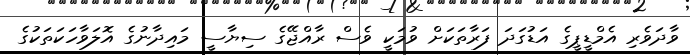
ވާދަވެރި އެމްޑީޕީގެ އަޑުގަދަ ފަރާތަކަށް ވުމަކީ ވެސް ރާއްޖޭގެ ސިޔާސީ މައިދާނުގެ އޮލަވާހަކަތަކުގެ